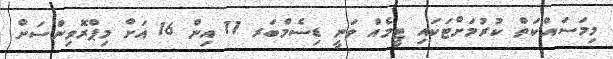
މިމަސައްކަތް ކުރުމަށްޓަކައި ޓީމެއް ވަނީ ޑިސެމްބަރ 11 އިން 16 އަށް މިޕްރޮވިންސަށް